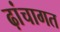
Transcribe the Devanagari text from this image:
ढ़ांचागत